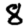
Digit: 8